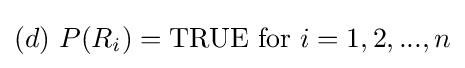
(d){\text{ }}P(R_{i})=\mathrm {TRUE} {\text{ for }}i=1,2,...,n